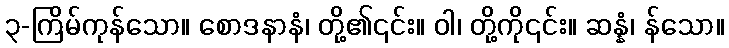
၃-ကြိမ်ကုန်သော။ စောဒနာနံ၊ တို့၏၎င်း။ ဝါ၊ တို့ကို၎င်း။ ဆန္နံ၊ န်သော။